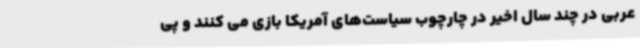
عربی در چند سال اخیر در چارچوب سیاست‌های آمریکا بازی می کنند و پی